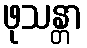
ဖုသန္တာ